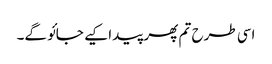
اسی طرح تم پھر پیدا کیے جائو گے۔